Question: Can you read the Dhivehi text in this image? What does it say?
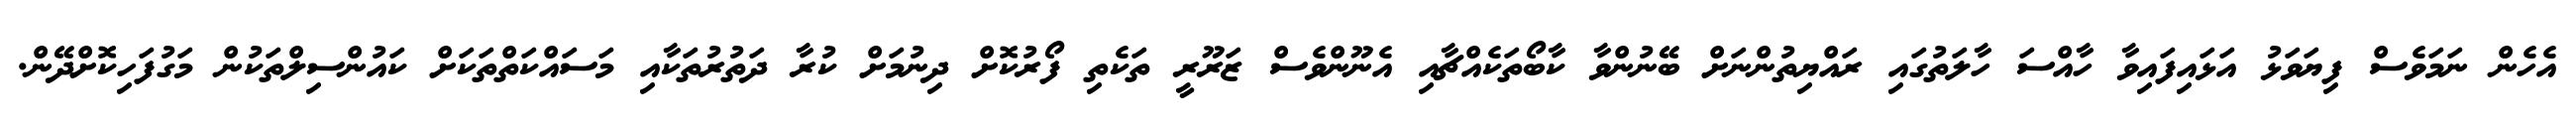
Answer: އެހެން ނަމަވެސް ފިޔަވަޅު އަޅައިފައިވާ ހާއްސަ ހާލަތުގައި ރައްޔިތުންނަށް ބޭނުންވާ ކާބޯތަކެއްޗާއި އެނޫންވެސް ޒަރޫރީ ތަކެތި ފޯރުކޮށް ދިނުމަށް ކުރާ ދަތުރުތަކާއި މަސައްކަތްތަކަށް ކައުންސިލްތަކުން މަގުފަހިކޮށްދޭން.